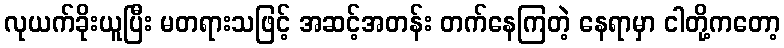
လုယက်ခိုးယူပြီး မတရားသဖြင့် အဆင့်အတန်း တက်နေကြတဲ့ နေရာမှာ ငါတို့ကတော့